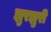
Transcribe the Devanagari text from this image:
झुरझुरी